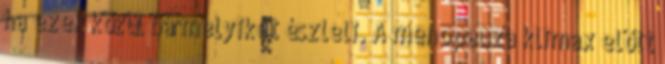
ha ezek közül bármelyiket észleli. A menopauza klimax előtt